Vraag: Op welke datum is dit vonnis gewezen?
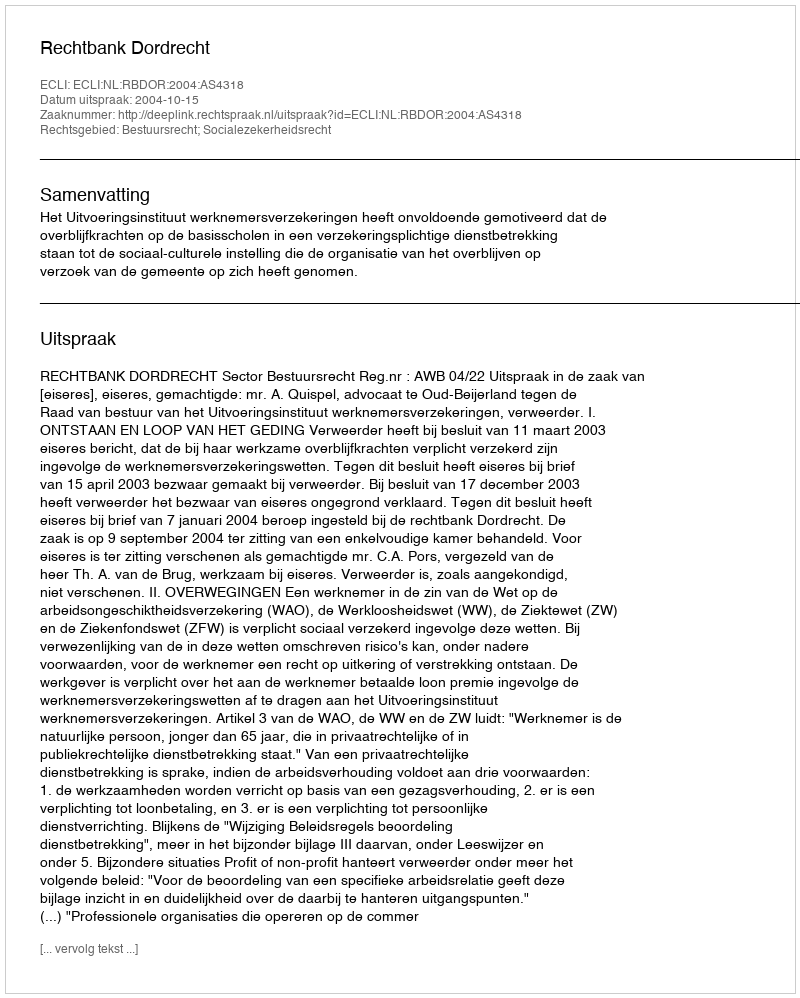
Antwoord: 2004-10-15